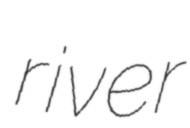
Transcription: river